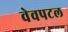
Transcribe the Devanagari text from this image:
वेवपटल